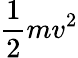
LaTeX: {\frac{1}{2}}mv^{2}